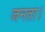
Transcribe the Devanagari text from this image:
जनता।